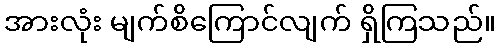
အားလုံး မျက်စိကြောင်လျက် ရှိကြသည်။